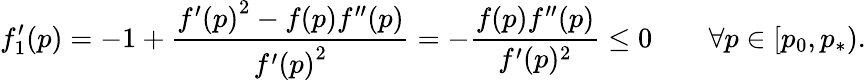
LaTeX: f_{1}^{\prime}(p)=-1+\frac{{f^{\prime}(p)}^{2}-f(p)f^{\prime\prime}(p)}{{f^{\prime}(p)}^{2}}=-\frac{f(p)f^{\prime\prime}(p)}{f^{\prime}(p)^{2}}\leq 0\qquad\forall p\in[p_{0},p_{*}).